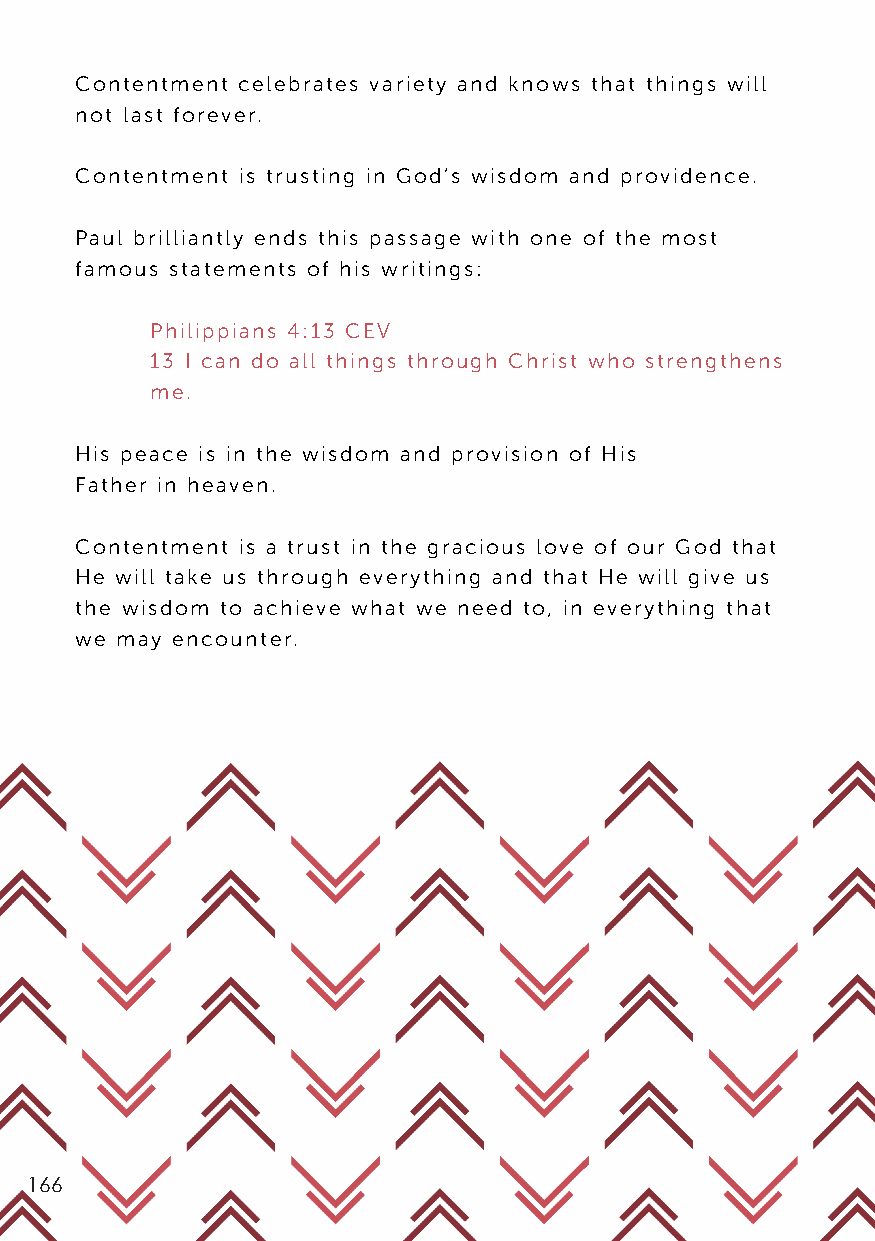
Contentment celebrates variety and knows that things will
 not last forever.
 Contentment is trusting in God’s wisdom and providence.
 Paul brilliantly ends this passage with one of the most
 famous statements of his writings:
 Philippians 4:13 CEV
 13 I can do all things through Christ who strengthens
 me.
 His peace is in the wisdom and provision of His
 Father in heaven.
 Contentment is a trust in the gracious love of our God that
 He will take us through everything and that He will give us
 the wisdom to achieve what we need to, in everything that
 we may encounter.
 166